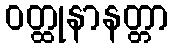
ဝတ္ထုနာနတ္တာ